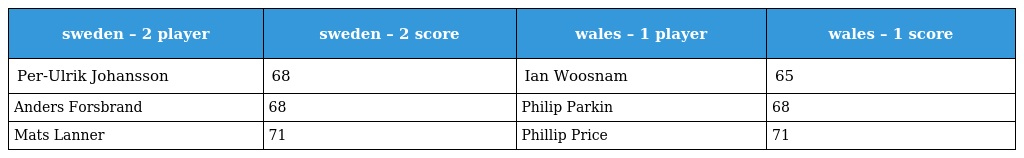
| sweden – 2 player | sweden – 2 score | wales – 1 player | wales – 1 score |
 | --- | --- | --- | --- |
 | Per-Ulrik Johansson | 68 | Ian Woosnam | 65 |
 | Anders Forsbrand | 68 | Philip Parkin | 68 |
 | Mats Lanner | 71 | Phillip Price | 71 |